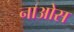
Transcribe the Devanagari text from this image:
नाओस